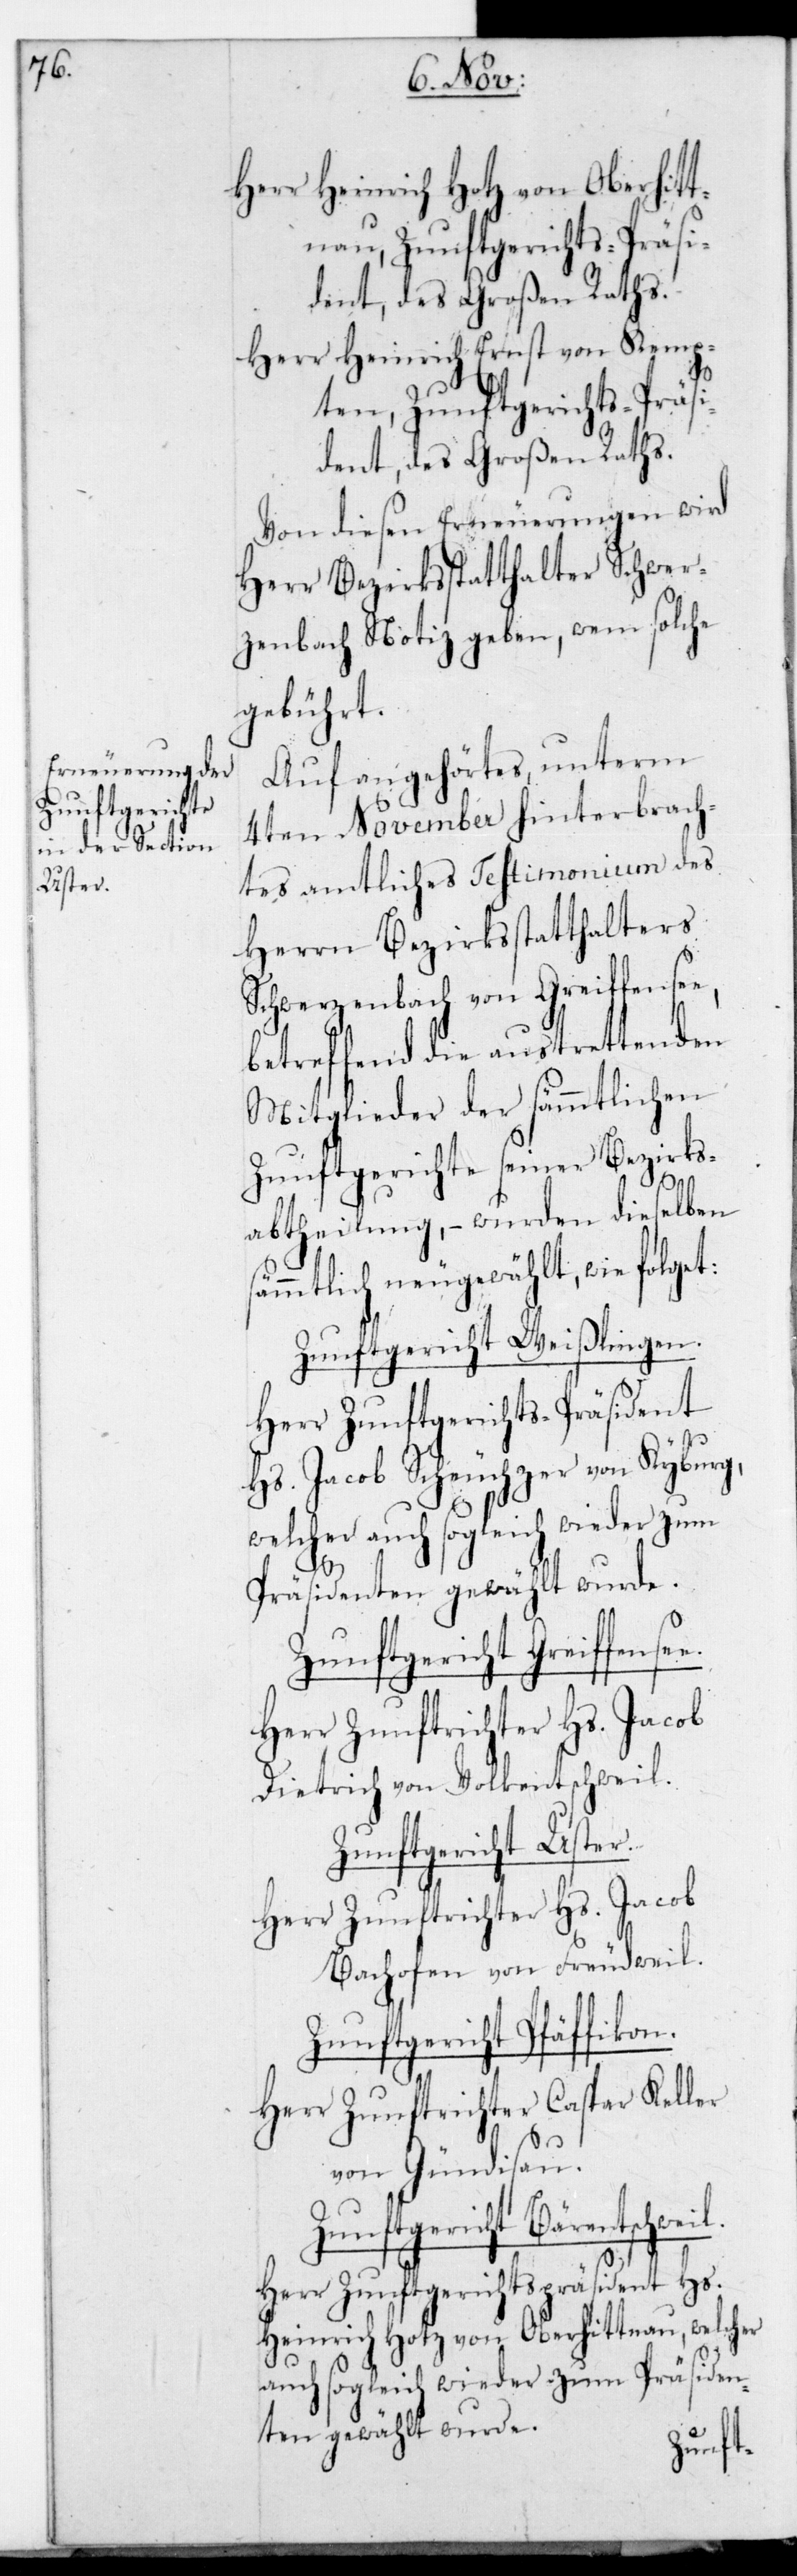
Zunftgericht
Uster.

Herr Heinrich Hotz von Oberhitt¬
nau, Zunftgerichts-Präsi¬
dent, des Großen Raths.
Herr Heinrich Ernst von Kemp¬
ten, Zunftgerichts-Präsi¬
dent, des Großen Raths.
Von diesen Erneuerungen wird
Herr Bezirksstatthalter Schwer¬
zenbach Notiz geben, wem solche
gebührt.
Auf angehörtes, unterm
4ten November hinterbrach¬
tes amtliches Testimonium des
Herrn Bezirksstatthalters
Schwerzenbach von Greiffense¬
betreffend die austrettenden
Mitglieder der sämmtlichen
Zunftgerichte seiner Bezirks¬
abtheilung, – wurden dieselben
sämmtlich neugewählt, wie folget:
Zunftgericht Weißlingen.
Herr Zunftgerichts-Präsident
Hs. Jacob Scheuchzer von Kyburg,
welcher auch sogleich wieder zum
e,
Präsidenten gewählt wurde.
Dietrich von Volketschweil.
Herr Zunftrichter Hs. Jacob
Bachofen von Freudweil.
Zunftgericht Pfäffikon.
Herr Zunftrichter Caspar Keller
von Gündisau.
Zunftgericht Bärentschweil.
Heinrich Hotz von Oberhittnau, welcher
auch sogleich wieder zum Präsiden¬
ten gewählt wurde.